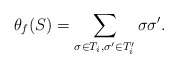
\begin{align*}\theta_f(S)=\sum_{\sigma \in T_i, \sigma' \in T_i'} \sigma \sigma'.\end{align*}